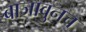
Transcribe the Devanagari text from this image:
बाजावुनच